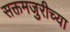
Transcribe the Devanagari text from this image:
सक्तमजुरीच्या